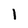
Character: 1